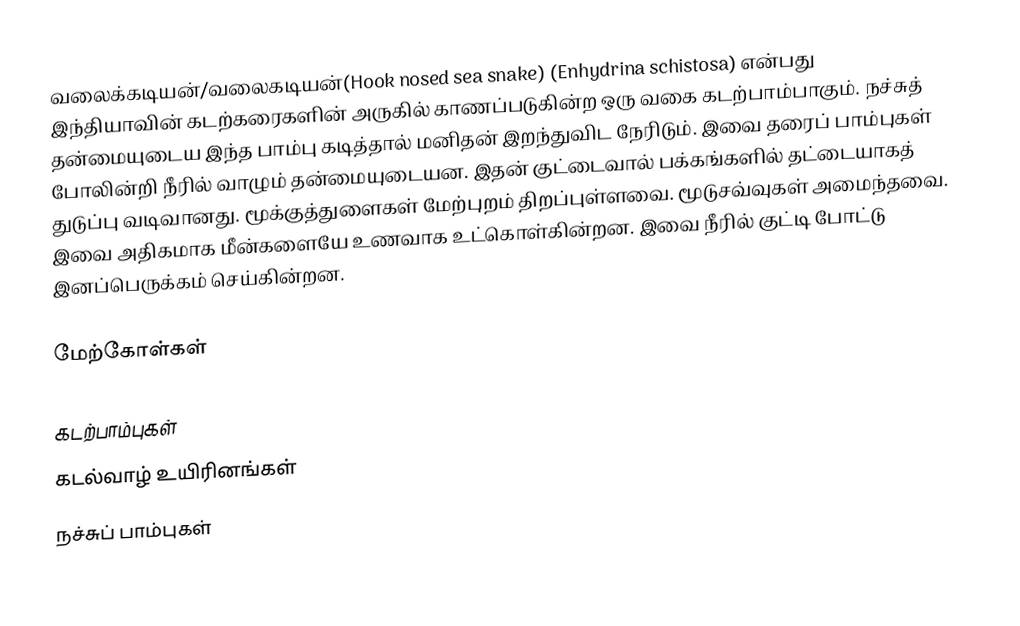
வலைக்கடியன்/வலைகடியன்(Hook nosed sea snake) (Enhydrina schistosa) என்பது இந்தியாவின் கடற்கரைகளின் அருகில் காணப்படுகின்ற ஒரு வகை கடற்பாம்பாகும். நச்சுத் தன்மையுடைய இந்த பாம்பு கடித்தால் மனிதன் இறந்துவிட நேரிடும். இவை தரைப் பாம்புகள் போலின்றி நீரில் வாழும் தன்மையுடையன. இதன் குட்டைவால் பக்கங்களில் தட்டையாகத் துடுப்பு வடிவானது. மூக்குத்துளைகள் மேற்புறம் திறப்புள்ளவை. மூடுசவ்வுகள் அமைந்தவை. இவை அதிகமாக மீன்களையே உணவாக உட்கொள்கின்றன. இவை நீரில் குட்டி போட்டு இனப்பெருக்கம் செய்கின்றன.

மேற்கோள்கள்

கடற்பாம்புகள்
கடல்வாழ் உயிரினங்கள்
நச்சுப் பாம்புகள்